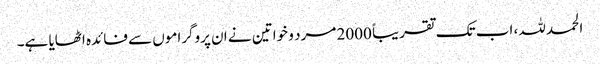
الحمد للہ، اب تک تقریباً 2000 مرد و خواتین نے ان پروگراموں سے فائدہ اٹھایا ہے۔